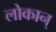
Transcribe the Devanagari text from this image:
लोकान्